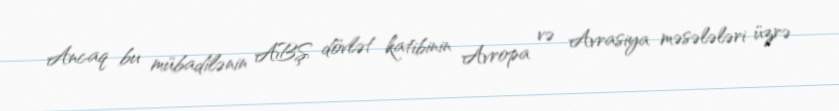
Ancaq bu mübadilənin ABŞ dövlət katibinin Avropa və Avrasiya məsələləri üzrə